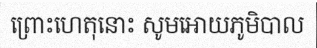
ព្រោះហេតុនោះ សូមអោយភូមិបាល